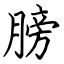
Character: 膀